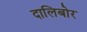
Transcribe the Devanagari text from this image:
दालिबोर